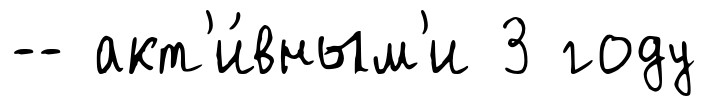
-- акт'и́вным'и 3 году